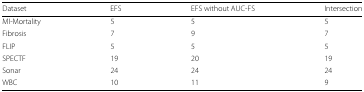
<table><thead><tr><td><b>Dataset</b></td><td><b>EFS</b></td><td><b>EFS without AUC-FS</b></td><td><b>Intersection</b></td></tr></thead><tbody><tr><td>MI-Mortality</td><td>5</td><td>5</td><td>5</td></tr><tr><td>Fibrosis</td><td>7</td><td>9</td><td>7</td></tr><tr><td>FLIP</td><td>5</td><td>5</td><td>5</td></tr><tr><td>SPECTF</td><td>19</td><td>20</td><td>19</td></tr><tr><td>Sonar</td><td>24</td><td>24</td><td>24</td></tr><tr><td>WBC</td><td>10</td><td>11</td><td>9</td></tr></tbody></table>